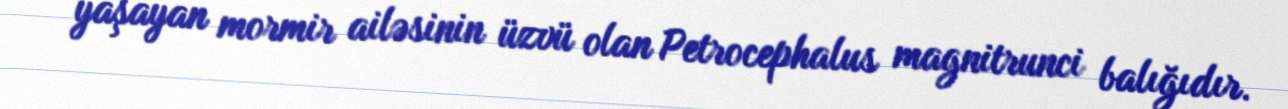
yaşayan mormir ailəsinin üzvü olan Petrocephalus magnitrunci balığıdır.